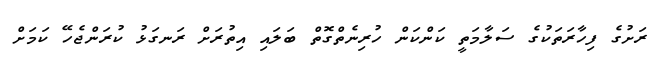
ރަށުގެ ފިހާރަތަކުގެ ސަލާމަތީ ކަންކަން ހުރިނެތްގޮތް ބަލައި އިތުރަށް ރަނގަޅު ކުރަންޖެހޭ ކަމަށް